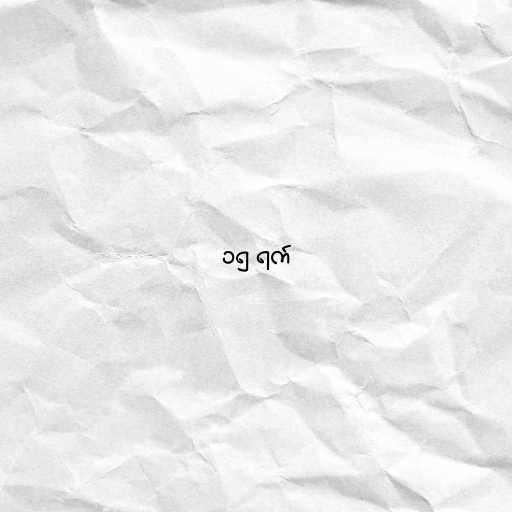
၁၅ ရက်